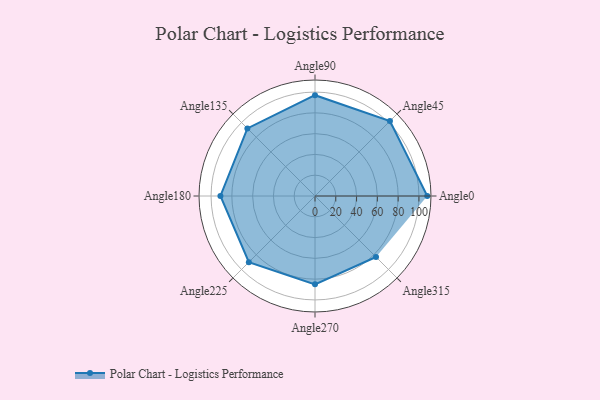
{"axis": {"x": "Angle", "y": "Radius"}, "legend": [""], "data": [{"x": "Angle0", "y": 108.0, "type": ""}, {"x": "Angle45", "y": 102.0, "type": ""}, {"x": "Angle90", "y": 97.0, "type": ""}, {"x": "Angle135", "y": 92.0, "type": ""}, {"x": "Angle180", "y": 91.0, "type": ""}, {"x": "Angle225", "y": 90.0, "type": ""}, {"x": "Angle270", "y": 85.0, "type": ""}, {"x": "Angle315", "y": 83.0, "type": ""}]}